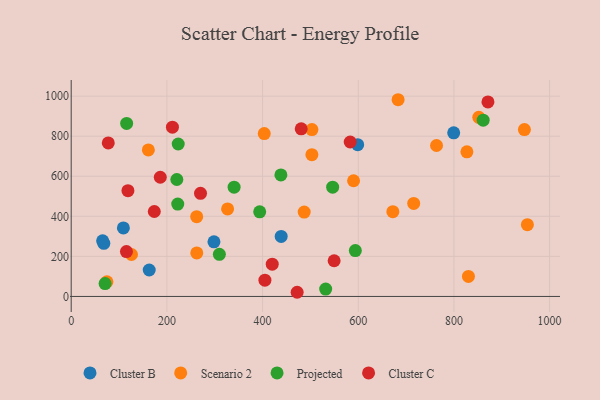
{"axis": {"x": "Price", "y": "Exam Score"}, "legend": ["Cluster B", "Cluster C", "Projected", "Scenario 2"], "data": [{"x": "598.8", "y": 757.7, "type": "Cluster B"}, {"x": "163.1", "y": 132.0, "type": "Cluster B"}, {"x": "438.9", "y": 299.7, "type": "Cluster B"}, {"x": "109.1", "y": 341.9, "type": "Cluster B"}, {"x": "65.7", "y": 277.7, "type": "Cluster B"}, {"x": "799.5", "y": 817.1, "type": "Cluster B"}, {"x": "298.4", "y": 272.6, "type": "Cluster B"}, {"x": "68.2", "y": 265.1, "type": "Cluster B"}, {"x": "715.9", "y": 464.3, "type": "Scenario 2"}, {"x": "830.3", "y": 99.9, "type": "Scenario 2"}, {"x": "672.3", "y": 423.1, "type": "Scenario 2"}, {"x": "590.2", "y": 577.7, "type": "Scenario 2"}, {"x": "161.3", "y": 731.4, "type": "Scenario 2"}, {"x": "851.9", "y": 894.6, "type": "Scenario 2"}, {"x": "126.0", "y": 209.4, "type": "Scenario 2"}, {"x": "403.5", "y": 813.3, "type": "Scenario 2"}, {"x": "262.3", "y": 398.1, "type": "Scenario 2"}, {"x": "953.5", "y": 358.6, "type": "Scenario 2"}, {"x": "763.6", "y": 753.8, "type": "Scenario 2"}, {"x": "827.1", "y": 722.3, "type": "Scenario 2"}, {"x": "487.0", "y": 421.2, "type": "Scenario 2"}, {"x": "74.7", "y": 73.3, "type": "Scenario 2"}, {"x": "326.9", "y": 437.1, "type": "Scenario 2"}, {"x": "503.1", "y": 707.7, "type": "Scenario 2"}, {"x": "683.3", "y": 982.3, "type": "Scenario 2"}, {"x": "947.3", "y": 833.0, "type": "Scenario 2"}, {"x": "503.2", "y": 833.4, "type": "Scenario 2"}, {"x": "262.5", "y": 217.5, "type": "Scenario 2"}, {"x": "115.9", "y": 864.0, "type": "Projected"}, {"x": "309.7", "y": 210.5, "type": "Projected"}, {"x": "223.7", "y": 761.2, "type": "Projected"}, {"x": "340.5", "y": 545.4, "type": "Projected"}, {"x": "70.9", "y": 64.1, "type": "Projected"}, {"x": "861.1", "y": 880.4, "type": "Projected"}, {"x": "222.7", "y": 461.1, "type": "Projected"}, {"x": "593.9", "y": 229.0, "type": "Projected"}, {"x": "394.0", "y": 422.3, "type": "Projected"}, {"x": "531.9", "y": 36.7, "type": "Projected"}, {"x": "220.8", "y": 583.9, "type": "Projected"}, {"x": "438.3", "y": 606.7, "type": "Projected"}, {"x": "546.5", "y": 545.4, "type": "Projected"}, {"x": "186.2", "y": 595.2, "type": "Cluster C"}, {"x": "404.9", "y": 81.3, "type": "Cluster C"}, {"x": "77.5", "y": 766.5, "type": "Cluster C"}, {"x": "115.5", "y": 224.1, "type": "Cluster C"}, {"x": "211.6", "y": 845.0, "type": "Cluster C"}, {"x": "118.6", "y": 527.9, "type": "Cluster C"}, {"x": "480.8", "y": 837.1, "type": "Cluster C"}, {"x": "173.7", "y": 424.2, "type": "Cluster C"}, {"x": "472.3", "y": 20.8, "type": "Cluster C"}, {"x": "270.3", "y": 515.1, "type": "Cluster C"}, {"x": "420.2", "y": 161.3, "type": "Cluster C"}, {"x": "549.6", "y": 178.3, "type": "Cluster C"}, {"x": "583.2", "y": 771.3, "type": "Cluster C"}, {"x": "871.1", "y": 971.2, "type": "Cluster C"}]}